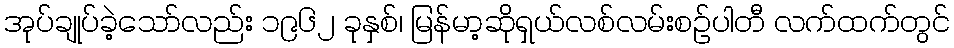
အုပ်ချုပ်ခဲ့သော်လည်း ၁၉၆၂ ခုနှစ်၊ မြန်မာ့ဆိုရှယ်လစ်လမ်းစဉ်ပါတီ လက်ထက်တွင်